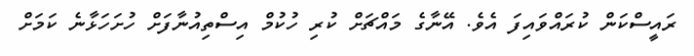
ރައީސްކަން ކުރައްވައިފަ އެވެ. އޭނާގެ މައްޗަށް ކުރި ހުކުމް އިސްތިއުނާފަށް ހުށަހަޅާނެ ކަމަށް